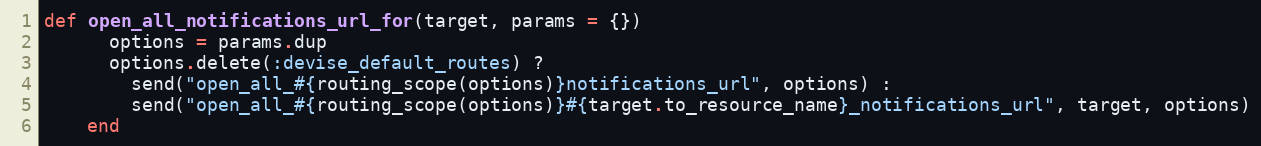
Language: Ruby
def open_all_notifications_url_for(target, params = {})
      options = params.dup
      options.delete(:devise_default_routes) ?
        send("open_all_#{routing_scope(options)}notifications_url", options) :
        send("open_all_#{routing_scope(options)}#{target.to_resource_name}_notifications_url", target, options)
    end